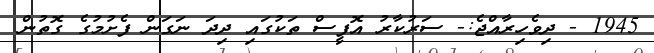
1945 - ދިވެހިރާއްޖެ:- ސަރުކާރު އޮފީސް ތަކުގައި ދިދަ ނަގަން ފެށުމުގެ ގޮތުން